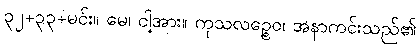
၃၂+၃၃+မင်း။ မေ၊ ငါ့အား။ ကုသလဉ္စေဝ၊ အနာကင်းသည်၏